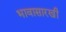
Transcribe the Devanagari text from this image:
भावासारखी